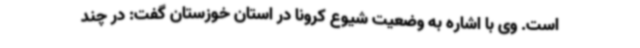
است. وی با اشاره به وضعیت شیوع کرونا در استان خوزستان گفت: در چند